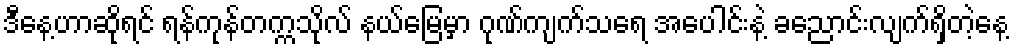
ဒီနေ့ဟာဆိုရင် ရန်ကုန်တက္ကသိုလ် နယ်မြေမှာ ဂုဏ်ကျက်သရေ အပေါင်းနဲ့ ခညောင်းလျက်ရှိတဲ့နေ့